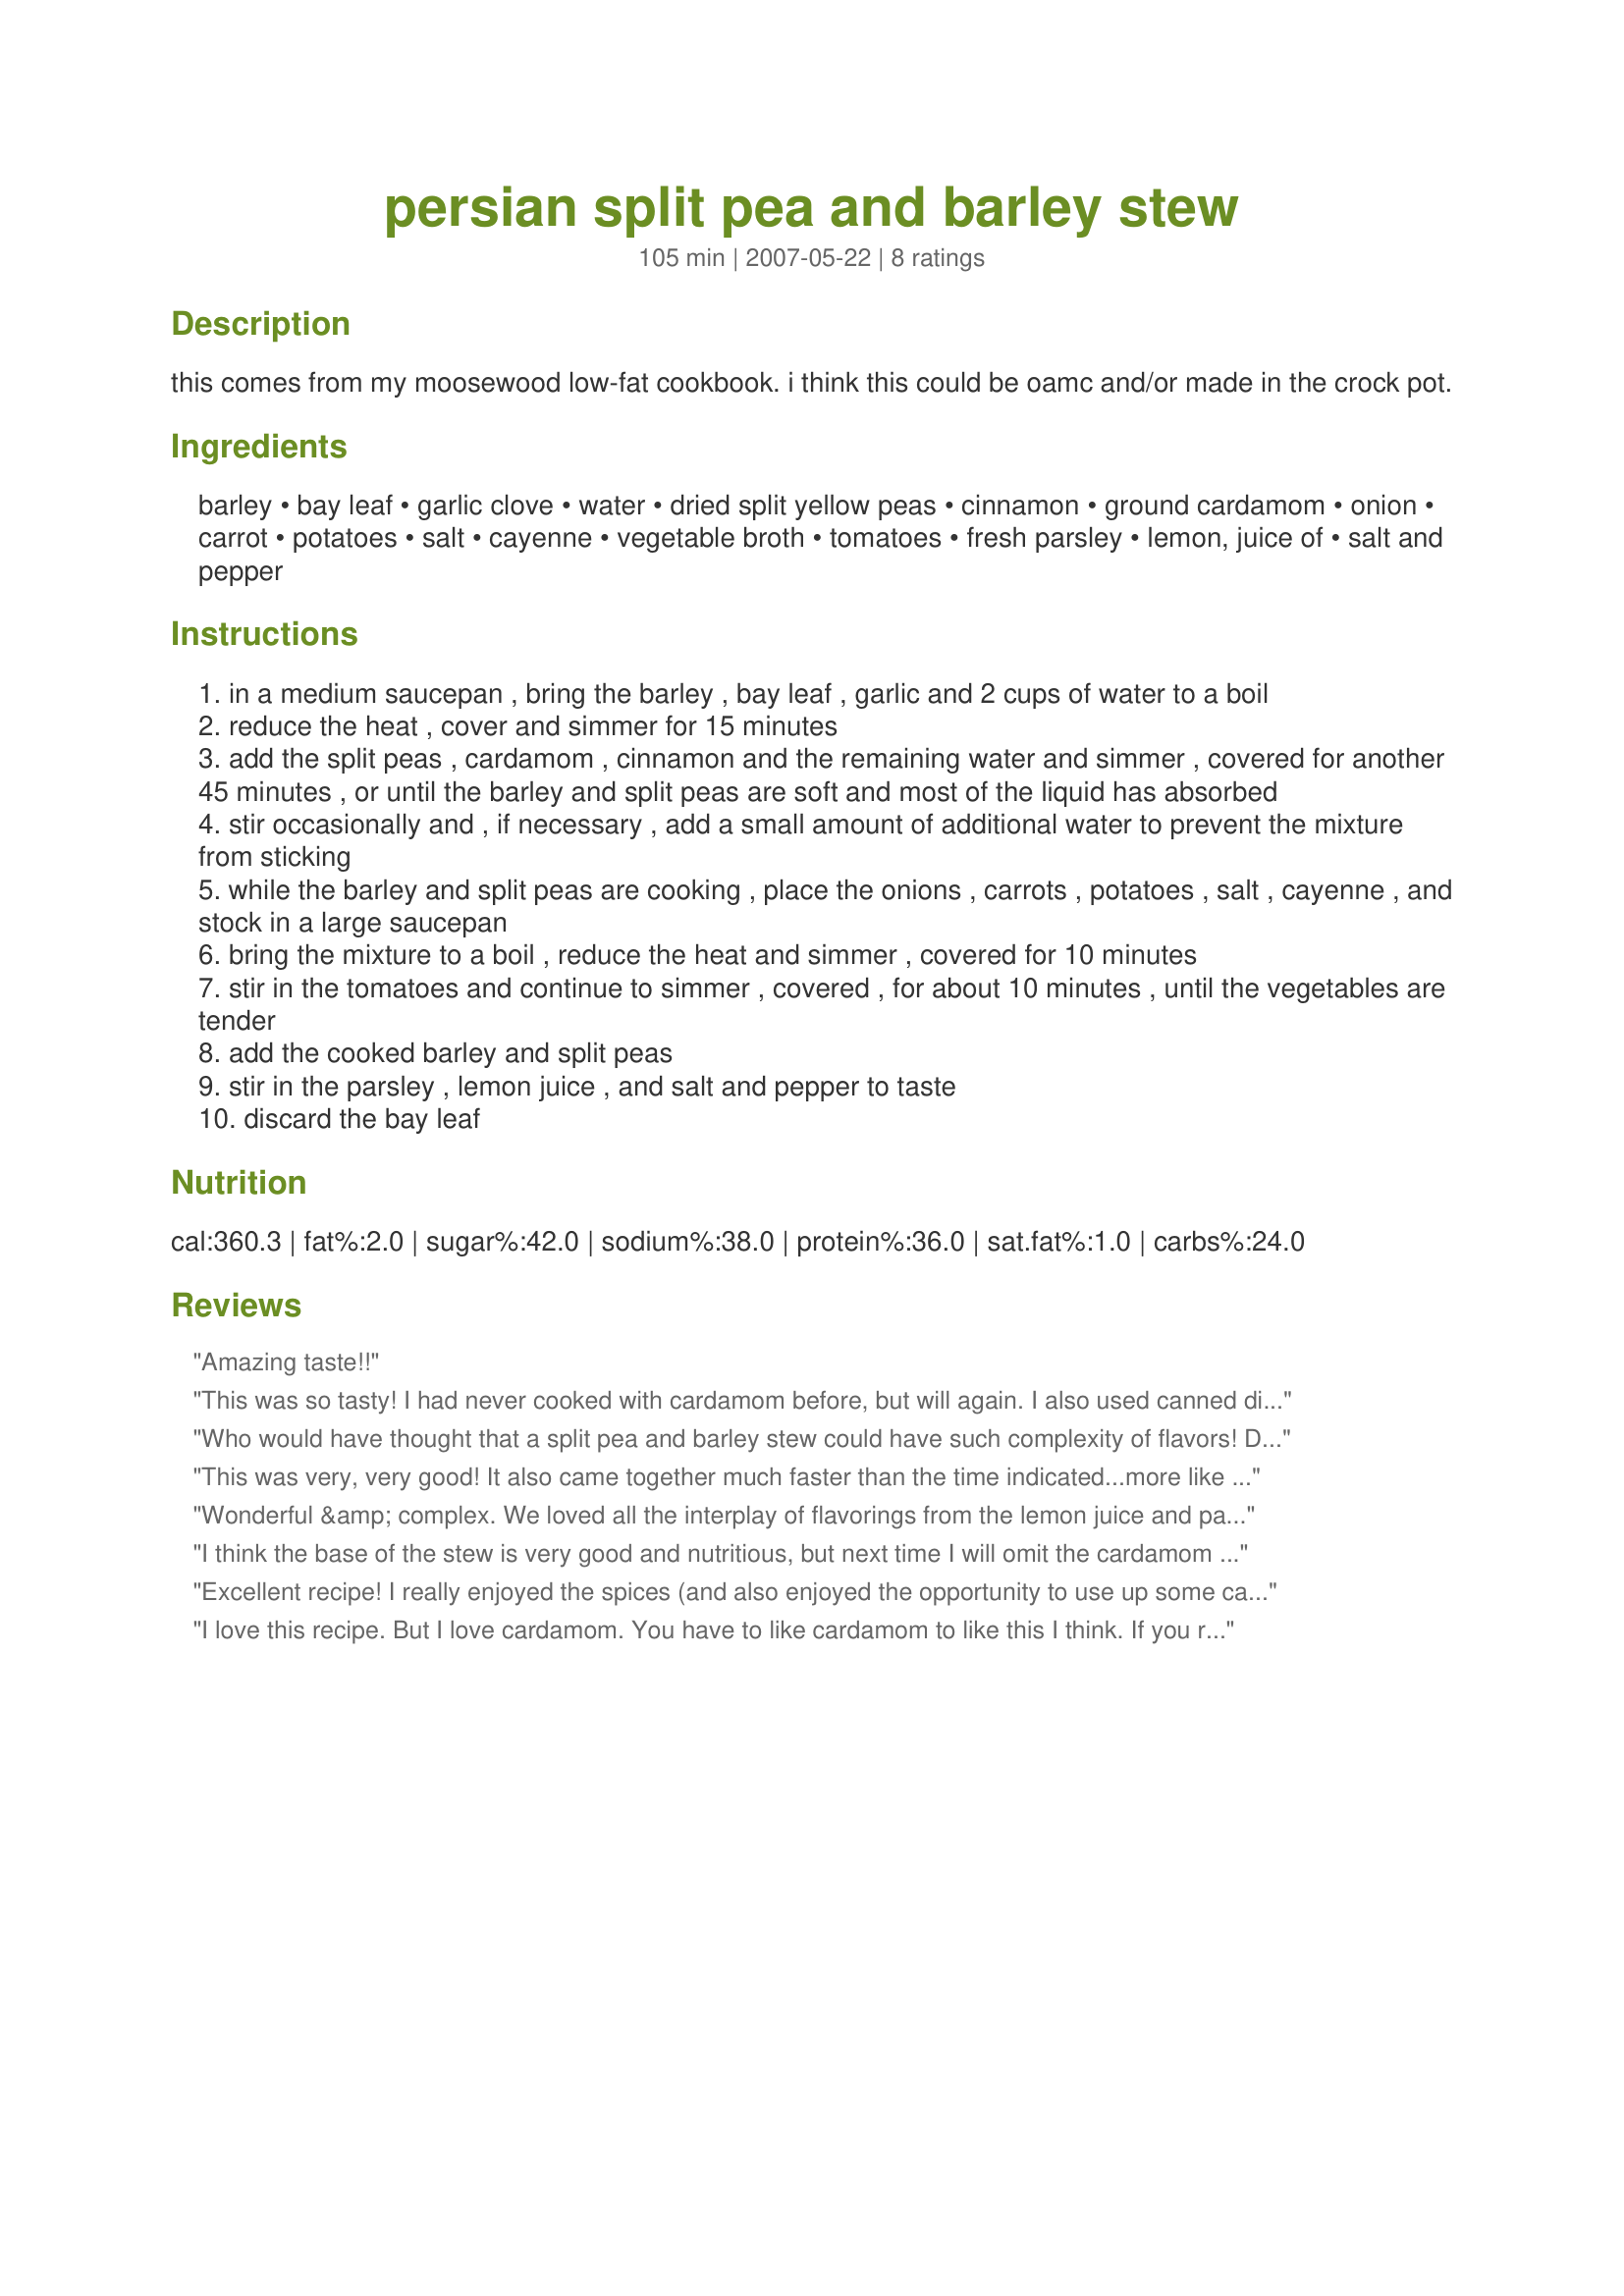
persian split pea and barley stew
Preparation time: 105 minutes

this comes from my moosewood low-fat cookbook. i think this could be oamc and/or made in the crock pot.

Ingredients:
barley, bay leaf, garlic clove, water, dried split yellow peas, cinnamon, ground cardamom, onion, carrot, potatoes, salt, cayenne, vegetable broth, tomatoes, fresh parsley, lemon, juice of, salt and pepper

Steps:
in a medium saucepan , bring the barley , bay leaf , garlic and 2 cups of water to a boil
reduce the heat , cover and simmer for 15 minutes
add the split peas , cardamom , cinnamon and the remaining water and simmer , covered for another 45 minutes , or until the barley and split peas are soft and most of the liquid has absorbed
stir occasionally and , if necessary , add a small amount of additional water to prevent the mixture from sticking
while the barley and split peas are cooking , place the onions , carrots , potatoes , salt , cayenne , and stock in a large saucepan
bring the mixture to a boil , reduce the heat and simmer , covered for 10 minutes
stir in the tomatoes and continue to simmer , covered , for about 10 minutes , until the vegetables are tender
add the cooked barley and split peas
stir in the parsley , lemon juice , and salt and pepper to taste
discard the bay leaf

Reviews:
Amazing taste!!
This was so tasty! I had never cooked with cardamom before, but will again. I also used canned diced tomatoes.
Who would have thought that a split pea and barley stew could have such complexity of flavors! DH, who sometimes balks at vegetarian meals (he does love vegetables, though, unlike many DHs!), thought this was terrific. I used ground cardamom (fortunately there's someone in town who sells spices in small packets), and canned tomatoes. Be warned: it does need a fair amount of salt to bring out all the flavors, even with the lemon juice.
This was very, very good! It also came together much faster than the time indicated...more like an 1-1 1/4 hours depending on how much veggie chopping you do. I loved the mix of Middle Eastern flavors in this! Ground cardamom was ridiculously expensive, so I bought green cardamom pods and chopped them up instead. I also added some celery and peas. The only modification that I would make when I prepare this in the future is to use more cinnamon. When I reheated this, I added a bit more and really think that it added to the dish. Thanks dicentra! Great recipe!
Wonderful &amp; complex. We loved all the interplay of flavorings from the lemon juice and parsley to the cardomom and carrots! Hearty &amp; delicious. Just the two of us almost finished this off in one night - ate dinner, went to a show, came back and ate another dinner! We enjoyed this with bread &amp; butter and a dry stout. It&#039;s also very budget-friendly. I used Pomi packaged chopped tomatoes - which were great - because I have a hard time finding any decent fresh tomatoes, unfortunately, in the nearby stores. The stew does take a lot of salt though to bring out all the flavors. Outside of that (if you are not salt sensitive), A definite keeper. We will be keeping this in rotation. Solid recipe. Thanks so much for sharing!
I think the base of the stew is very good and nutritious, but next time I will omit the cardamom and cinnamon, as I prefer a spicier taste and not the sweetness that these two ingredients added.
Excellent recipe! I really enjoyed the spices (and also enjoyed the opportunity to use up some cardamom I've had for too long). I followed the recipe closely, except that I used canned tomatoes instead of fresh. Thanks so much for posting this!
I love this recipe. But I love cardamom. You have to like cardamom to like this I think. If you remove the seeds from the pods, the cardamom is stronger. Than if you were to buy it already ground. Just a heads up, I ground mine myself and 1 tsp was a little much, I think in the future I will use a little less.I also took another reviewers advice and added a little more cinnamon. I used 1 tsp and I think it was great. This is easy, and super yummy and definately nutritious. I will make it again for sure!
